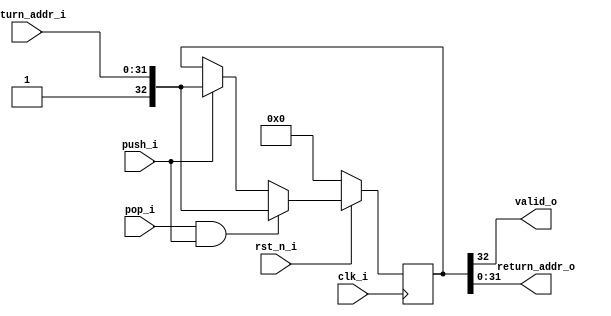
module ras (
    input clk_i,
    input rst_n_i,
    input push_i,
    input pop_i,
    input [31:0] return_addr_i,
    output valid_o,
    output [31:0] return_addr_o
);

parameter DEPTH = 2;
parameter RAS_ENTRY_WIDTH = 33; // 1-bit valid + 32-bit address


integer i;
reg  [RAS_ENTRY_WIDTH-1:0] stack_r [DEPTH-1:0];
reg  [RAS_ENTRY_WIDTH-1:0] stack_w [DEPTH-1:0];

assign valid_o = stack_r[0][RAS_ENTRY_WIDTH-1];
assign return_addr_o = stack_r[0][RAS_ENTRY_WIDTH-2:0];

always @(*) begin
    for (i = 0; i < DEPTH; i = i + 1) begin
        stack_w[i] = stack_r[i];
    end

    if (push_i) begin
        stack_w[0] = {1'b1, return_addr_i};
        for (i = 1; i < DEPTH-1; i = i + 1) begin
            stack_w[i] = stack_r[i-1];
        end
    end

    if (pop_i) begin
        for (i = 0; i < DEPTH-2; i = i + 1) begin
            stack_w[i] = stack_r[i+1];
        end
        stack_w[DEPTH-1] = 33'b0;
    end

    if (pop_i && push_i) begin
        for (i = 0; i < DEPTH-2; i = i + 1) begin
            stack_w[i] = stack_r[i];
        end
        stack_w[0] = {1'b1, return_addr_i};
    end

end


always @(posedge clk_i) begin
    if (!rst_n_i) begin
        for (i = 0 ;i < DEPTH-1; i = i + 1)
            stack_r[i] <= 33'b0;
    end else begin
        for (i = 0 ;i < DEPTH-1; i = i + 1)
            stack_r[i] <= stack_w[i];
    end
end

endmodule